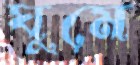
ঘুমে